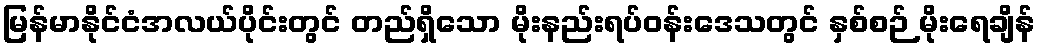
မြန်မာနိုင်ငံအလယ်ပိုင်းတွင် တည်ရှိသော မိုးနည်းရပ်ဝန်းဒေသတွင် နှစ်စဉ် မိုးရေချိန်